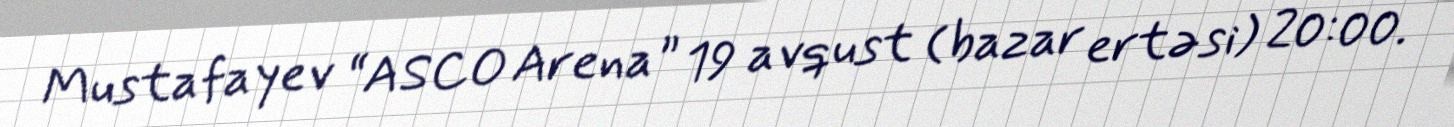
Mustafayev “ASCO Arena” 19 avqust (bazar ertəsi) 20:00.